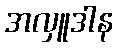
အလှူဒါန